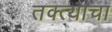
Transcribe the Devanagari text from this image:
तक्त्याचा